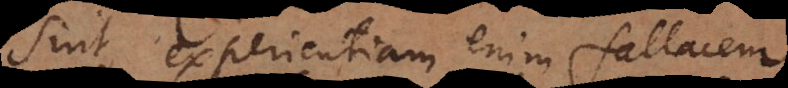
sint, experientiam enim fallacem